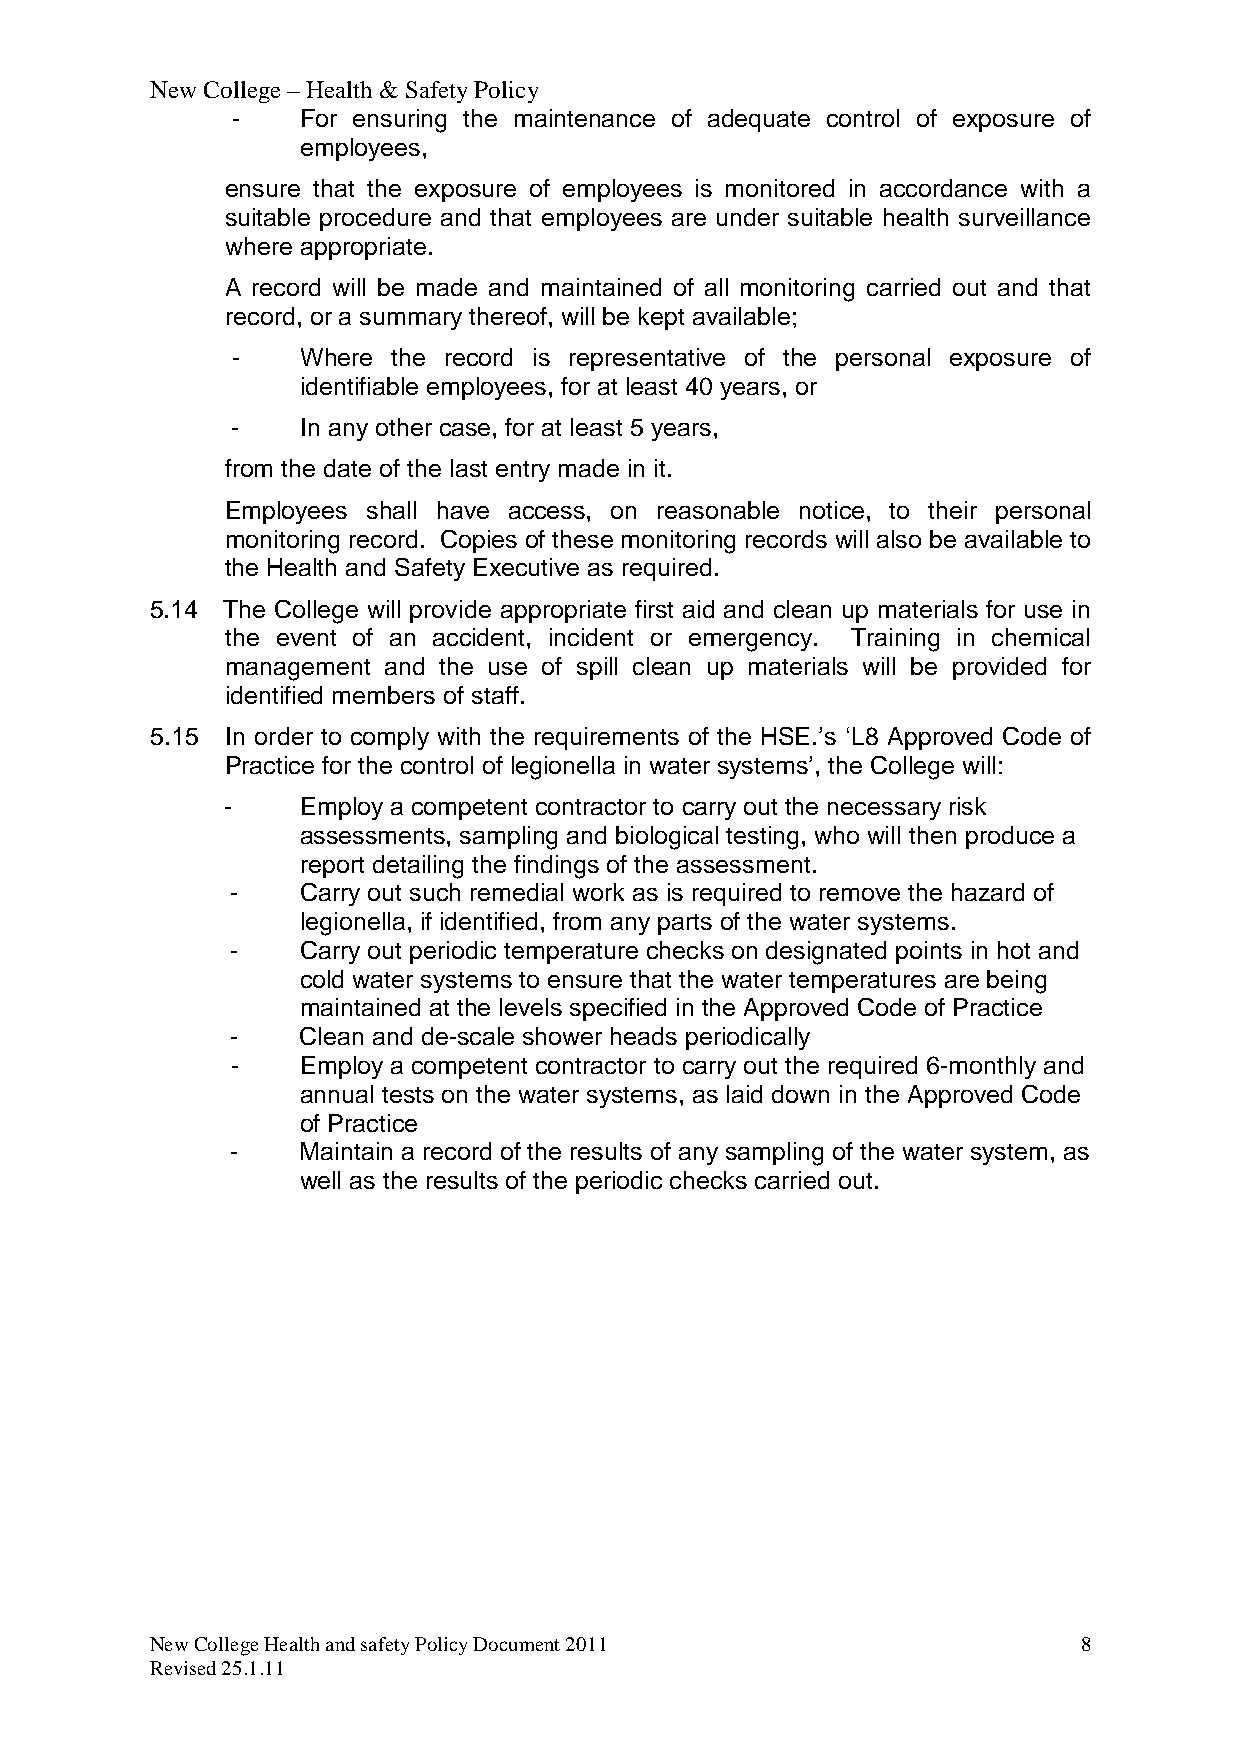
New College – Health & Safety Policy
 -    For ensuring the maintenance of adequate control of exposure of
 employees,
 ensure that the exposure of employees is monitored in accordance with a
 suitable procedure and that employees are under suitable health surveillance
 where appropriate.
 A record will be made and maintained of all monitoring carried out and that
 record, or a summary thereof, will be kept available;
 -    Where the record is representative of the personal exposure of
 identifiable employees, for at least 40 years, or
 -    In any other case, for at least 5 years,
 from the date of the last entry made in it.
 Employees shall have access, on reasonable notice, to their personal
 monitoring record. Copies of these monitoring records will also be available to
 the Health and Safety Executive as required.
 5.14 The College will provide appropriate first aid and clean up materials for use in
 the event of an accident, incident or emergency. Training in chemical
 management and the use of spill clean up materials will be provided for
 identified members of staff.
 5.15 In order to comply with the requirements of the HSE.’s ‘L8 Approved Code of
 Practice for the control of legionella in water systems’, the College will:
 -    Employ a competent contractor to carry out the necessary risk
 assessments, sampling and biological testing, who will then produce a
 report detailing the findings of the assessment.
 -    Carry out such remedial work as is required to remove the hazard of
 legionella, if identified, from any parts of the water systems.
 -    Carry out periodic temperature checks on designated points in hot and
 cold water systems to ensure that the water temperatures are being
 maintained at the levels specified in the Approved Code of Practice
 -    Clean and de-scale shower heads periodically
 -    Employ a competent contractor to carry out the required 6-monthly and
 annual tests on the water systems, as laid down in the Approved Code
 of Practice
 -    Maintain a record of the results of any sampling of the water system, as
 well as the results of the periodic checks carried out.
 New College Health and safety Policy Document 2011            8
 Revised 25.1.11